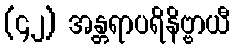
(၄၂) အန္တရာပရိနိဗ္ဗာယီ